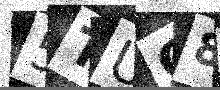
Text: 5TUQ8E